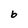
Character: b